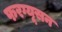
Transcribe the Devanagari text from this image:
फरग्यूसन